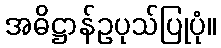
အဓိဋ္ဌာန်ဥပုသ်ပြုပုံ။